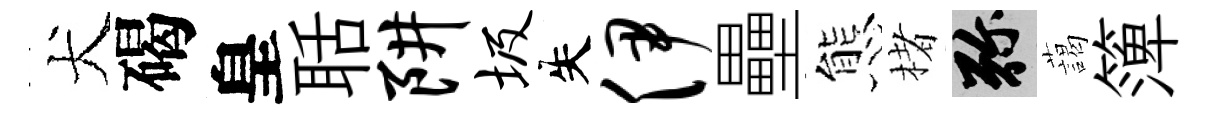
犬碣皇聒阱圾失伊壘態楮弥藹𥱼